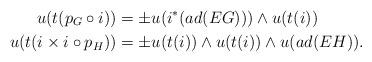
LaTeX: \begin{align*}u(t(p_G\circ i))&=\pm u(i^*(ad(EG))) \wedge u(t(i)) \\u(t(i\times i\circ p_H))&=\pm u(t(i)) \wedge u(t(i)) \wedge u(ad(EH)).\end{align*}